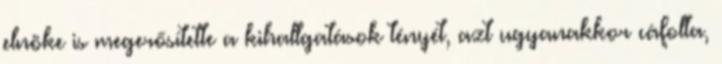
elnöke is megerősítette a kihallgatások tényét, azt ugyanakkor cáfolta,